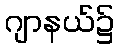
ဂျာနယ်၌